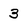
Character: 3